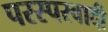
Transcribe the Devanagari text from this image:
परस्परवादी